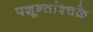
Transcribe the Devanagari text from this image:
पशून्तांश्चक्रे